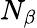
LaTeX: N_{\beta}